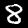
Digit: 8